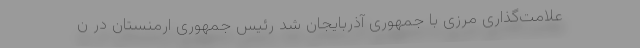
علامت‌گذاری مرزی با جمهوری آذربایجان شد رئیس جمهوری ارمنستان در ن